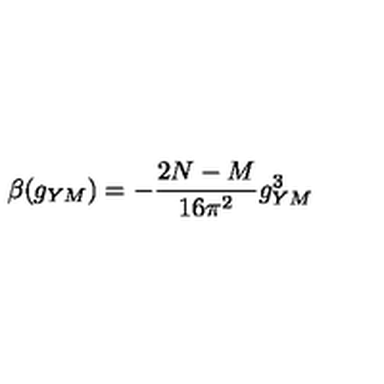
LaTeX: \beta ( g _ { Y M } ) = - \frac { 2 N - M } { 1 6 \pi ^ { 2 } } g _ { Y M } ^ { 3 }